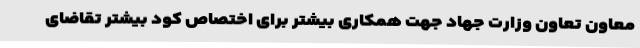
معاون تعاون وزارت جهاد جهت همکاری بیشتر برای اختصاص کود بیشتر تقاضای